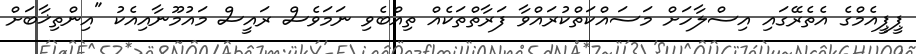
ޕީޕީއެމްގެ އެތެރޭގައި އިސްލާހަށް މަސައްކަތްކުރައްވާ ފަރާތްތަކެއް ތިއްބެވި ނަމަވެސް ރައީސް މައުމޫނާއިއެކު "އިންތިޚާބަށް